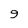
Character: 9